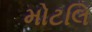
મોટલિ